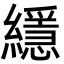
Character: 䌥